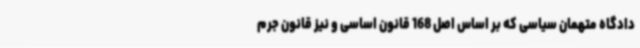
دادگاه متهمان سیاسی که بر اساس اصل 168 قانون اساسی و نیز قانون جرم